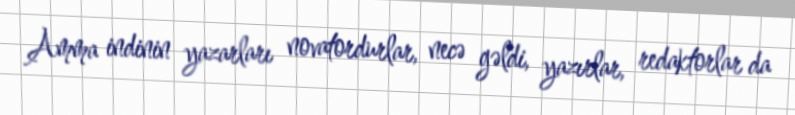
Amma indinin yazarları novatordurlar, necə gəldi, yazırlar, redaktorlar da